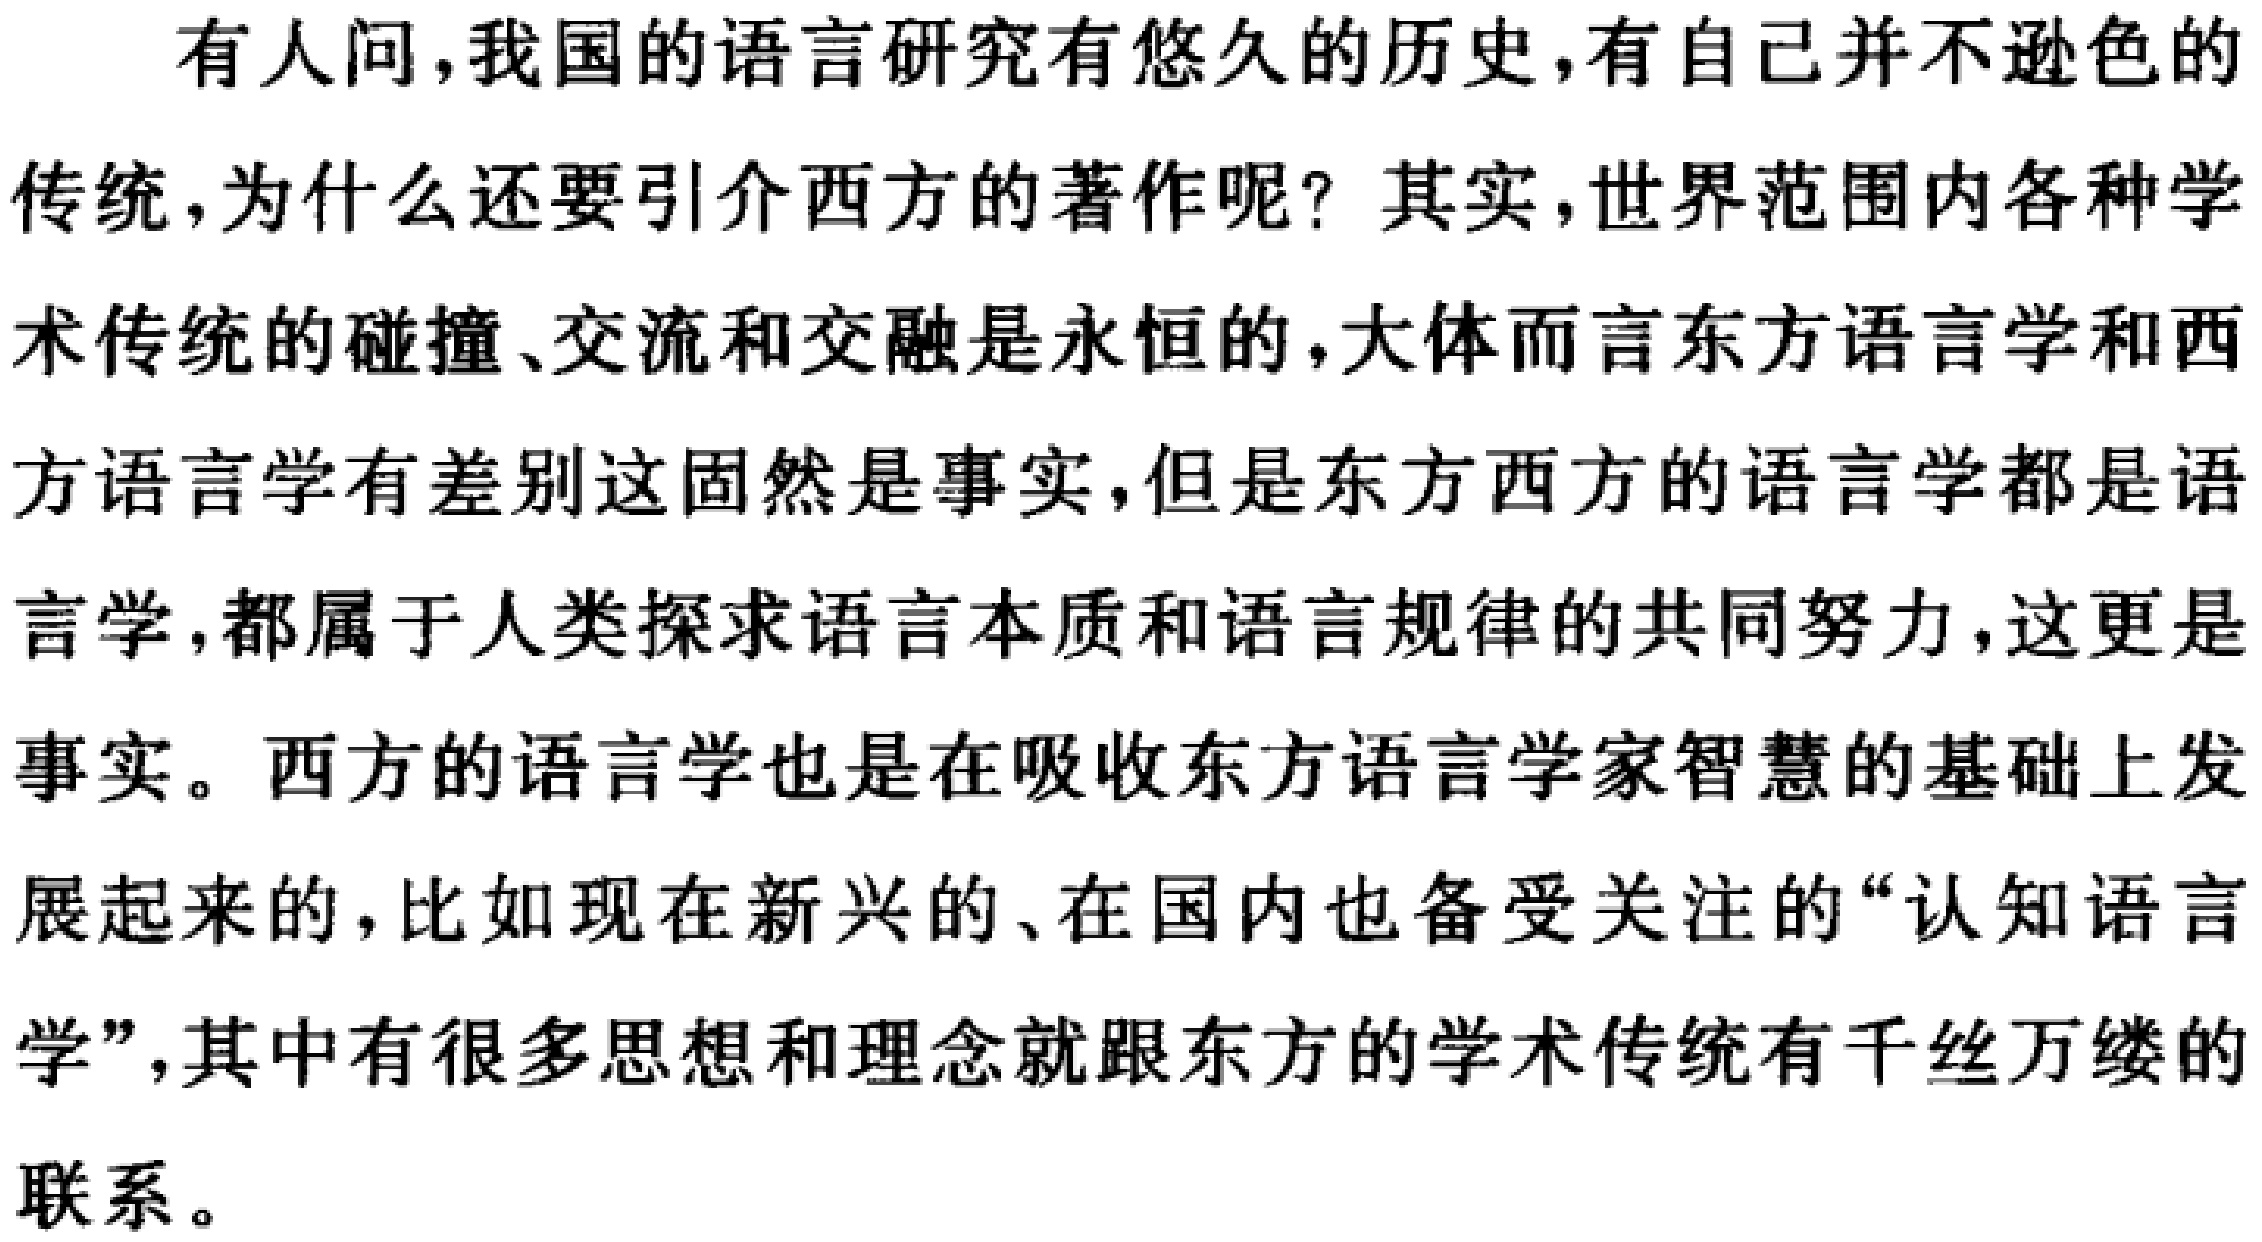
有人问，我国的语言研究有悠久的历史，有自己并不逊色的

传统，为什么还要引介西方的著作呢？其实，世界范围内各种学

术传统的碰撞、交流和交融是永恒的，大体而言东方语言学和西

方语言学有差别这固然是事实，但是东方西方的语言学都是语

言学，都属于人类探求语言本质和语言规律的共同努力，这更是

事实。西方的语言学也是在吸收东方语言学家智慧的基础上发

展起来的，比如现在新兴的、在国内也备受关注的“认知语言

学”，其中有很多思想和理念就跟东方的学术传统有千丝万缕的

联系。